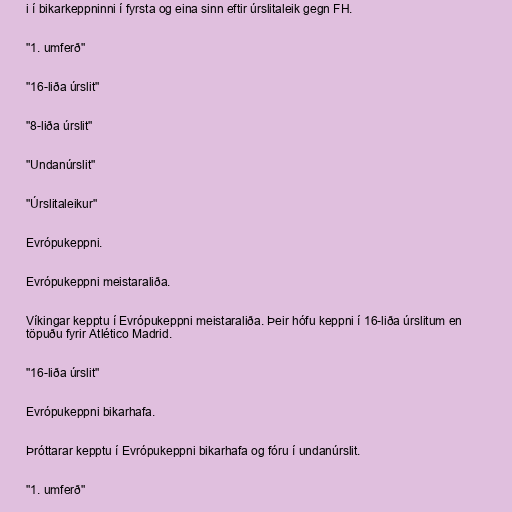
i í bikarkeppninni í fyrsta og eina sinn eftir úrslitaleik gegn FH.

"1. umferð"

"16-liða úrslit"

"8-liða úrslit"

"Undanúrslit"

"Úrslitaleikur"

Evrópukeppni.

Evrópukeppni meistaraliða.

Víkingar kepptu í Evrópukeppni meistaraliða. Þeir hófu keppni í 16-liða úrslitum en
töpuðu fyrir Atlético Madrid.

"16-liða úrslit"

Evrópukeppni bikarhafa.

Þróttarar kepptu í Evrópukeppni bikarhafa og fóru í undanúrslit.

"1. umferð"